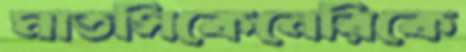
মাতসিকেনেরিকে